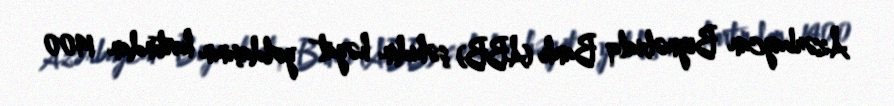
Azərbaycan Beynəlxalq Bankı (ABB) şəhidin həyat yoldaşının kartından 1400